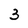
Character: 3